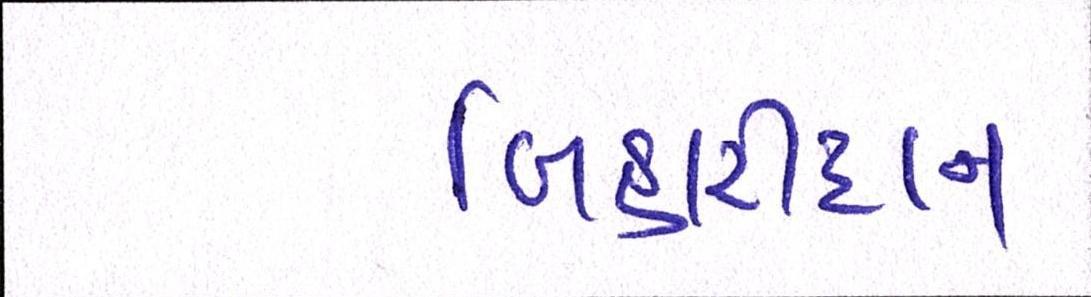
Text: બિહારીદાન